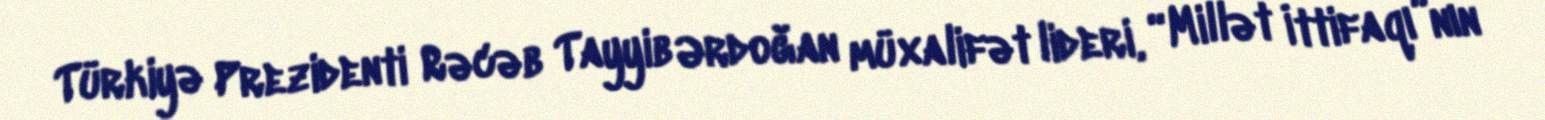
Türkiyə Prezidenti Rəcəb Tayyib Ərdoğan müxalifət lideri, “Millət İttifaqı”nın